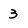
Character: 3